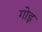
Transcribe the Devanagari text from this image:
गोइ